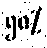
၅၈%